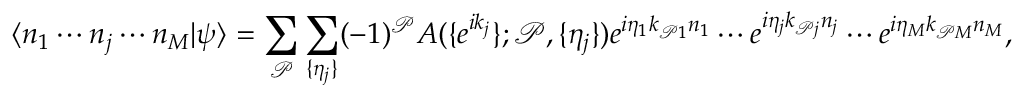
\langle n _ { 1 } \cdots n _ { j } \cdots n _ { M } | \psi \rangle = \sum _ { \mathcal { P } } \sum _ { \{ \eta _ { j } \} } ( - 1 ) ^ { \mathcal { P } } A ( \{ e ^ { i k _ { j } } \} ; \mathcal { P } , \{ \eta _ { j } \} ) e ^ { i \eta _ { 1 } k _ { \mathcal { P } 1 } n _ { 1 } } \cdots e ^ { i \eta _ { j } k _ { \mathcal { P } j } n _ { j } } \cdots e ^ { i \eta _ { M } k _ { \mathcal { P } M } n _ { M } } ,